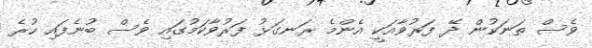
ވެސް ތަނަކުން ދޭ ފަރުވާއަކީ އެންމެ ރަނގަޅު ފަރުވާކަމުގައި ވެސް ބުނެފައި ހުރެ